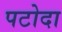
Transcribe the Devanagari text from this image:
पटोदा